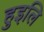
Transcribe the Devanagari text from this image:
हुइलि